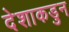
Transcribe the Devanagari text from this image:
देशाकडुन